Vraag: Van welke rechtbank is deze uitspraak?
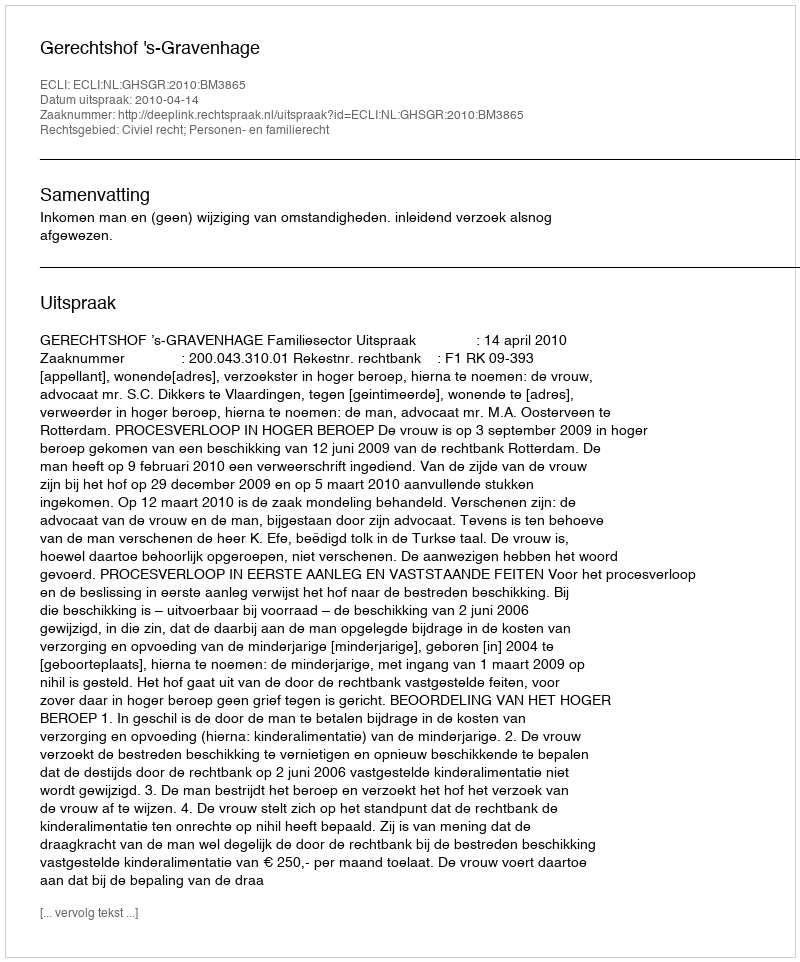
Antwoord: Gerechtshof 's-Gravenhage